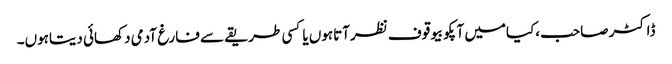
ڈاکٹر صاحب،کیامیں آپکوبیوقوف نظرآتاہوں یاکسی طریقے سے فارغ آدمی دکھائی دیتاہوں۔